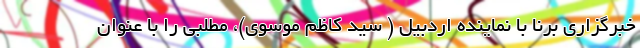
خبرگزاری برنا با نماینده اردبیل ( سید کاظم موسوی)، مطلبی را با عنوان